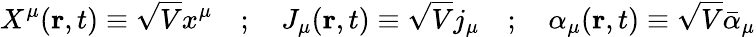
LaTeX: X^{\mu}({\mathbf r},t)\equiv\sqrt{V}x^{\mu}\quad;\quad J_{\mu}({\mathbf r},t)\equiv\sqrt{V}j_{\mu}\quad;\quad\alpha_{\mu}({\mathbf r},t)\equiv\sqrt{V}{\bar{\alpha}}_{\mu}